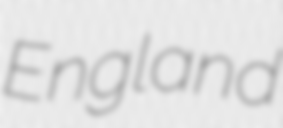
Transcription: England